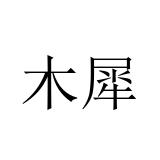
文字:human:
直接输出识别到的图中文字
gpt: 木犀